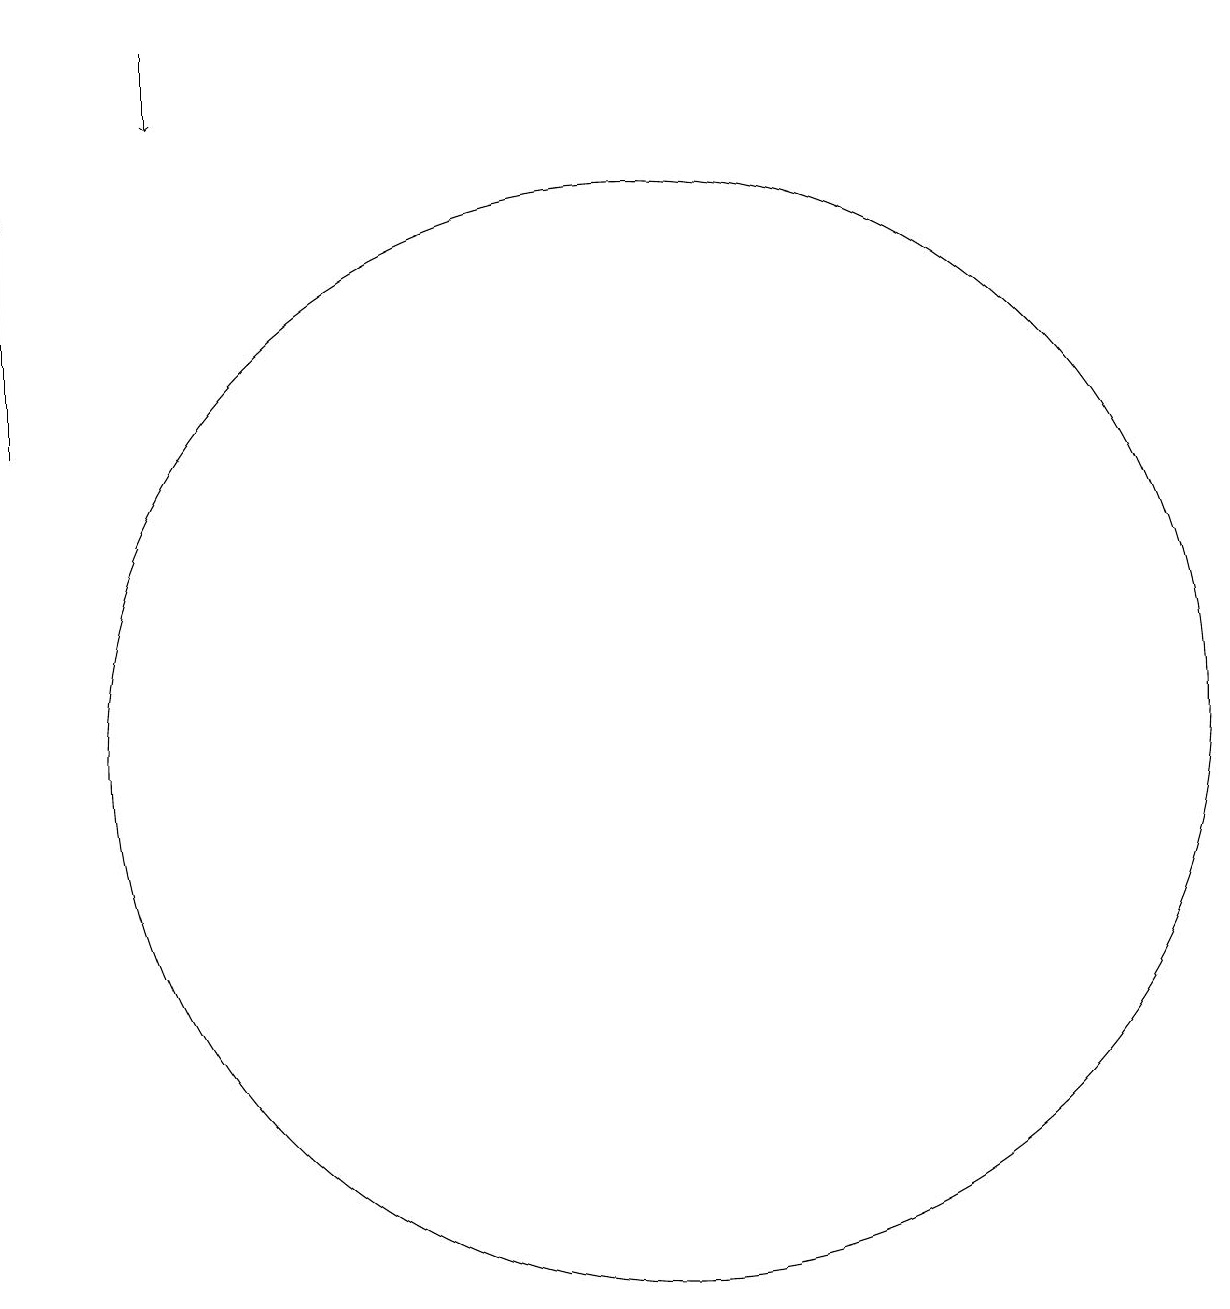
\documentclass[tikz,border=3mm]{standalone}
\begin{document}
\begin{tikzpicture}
\draw[->] (6,19) -- (6,18);
\draw[->] (4,14) -- (4,17);
\draw (12,10) circle (7);
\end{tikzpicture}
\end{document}